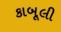
કાબૂલી